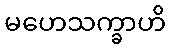
မဟေသက္ခာဟိ